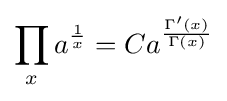
\prod _{x}a^{\frac {1}{x}}=Ca^{\frac {\Gamma '(x)}{\Gamma (x)}}